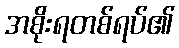
အစိုးရတစ်ရပ်၏